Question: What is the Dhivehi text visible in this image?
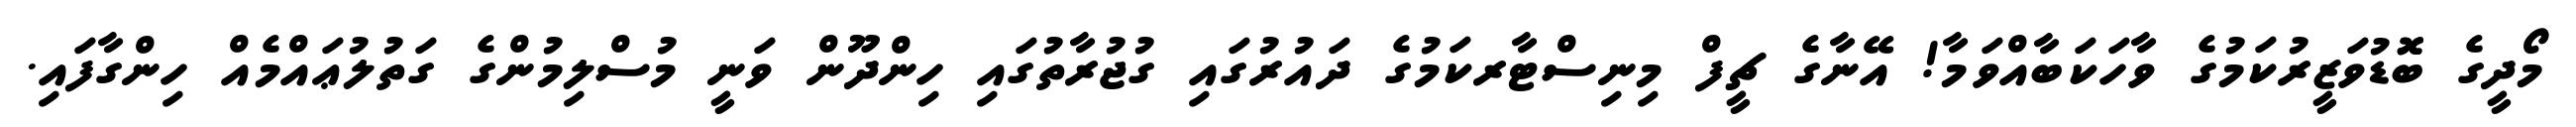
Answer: މޯދީގެ ބޮޮޑުވަޒީރުކަމުގެ ވާހަކަބާއްވަމާ! އޭނާގެ ޗީފް މިނިސްޓާރކަމުގެ ދައުރުގައި ގުޖުރާތުގައި ހިންދޫން ވަނީ މުސްލިމުންގެ ގަތުލުޢައްމެއް ހިންގާފައި.